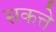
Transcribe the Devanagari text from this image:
सकत्ते